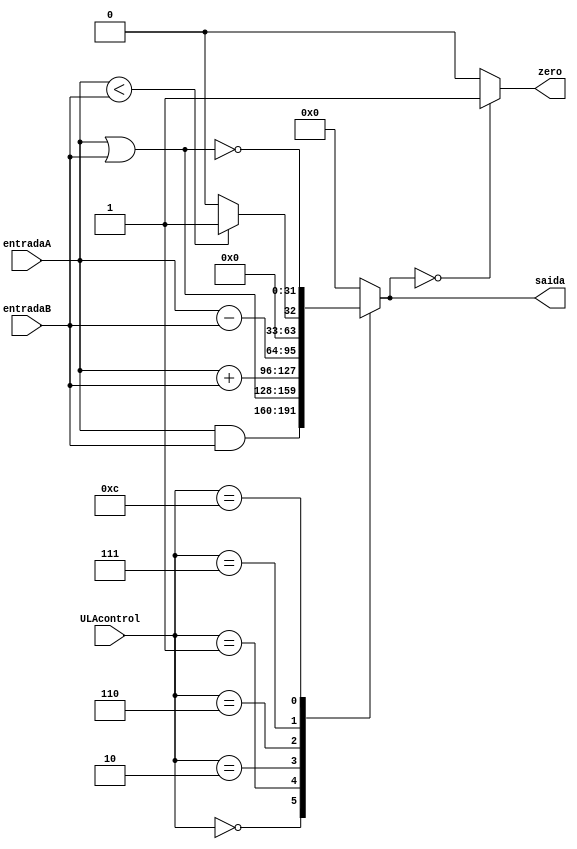
module ALU (entradaA, entradaB, ULAcontrol, zero, saida);
    //Entradas e saidas
    input wire [3:0] ULAcontrol;
    input wire [31:0] entradaA,entradaB;
    output reg [31:0] saida;
    output reg zero;
    //Final das entradas e sadas
    always @(ULAcontrol,entradaA,entradaB) begin
        //Verifica qual funo deve ser executada.
        case (ULAcontrol)
        0: saida <= entradaA & entradaB; //AND
        1: saida <= entradaA | entradaB; //OR
        2: saida <= entradaA + entradaB; //ADD
        6: saida <= entradaA - entradaB; //SUB
        7: saida <= entradaA < entradaB ? 1 : 0; //SLT
        12: saida <= ~(entradaA | entradaB); // NOR
        default: saida <= 0;
        endcase
    end
    always @(saida) begin
		if (saida == 0)
			zero <= 1;
		else
			zero <= 0;
	end	
endmodule